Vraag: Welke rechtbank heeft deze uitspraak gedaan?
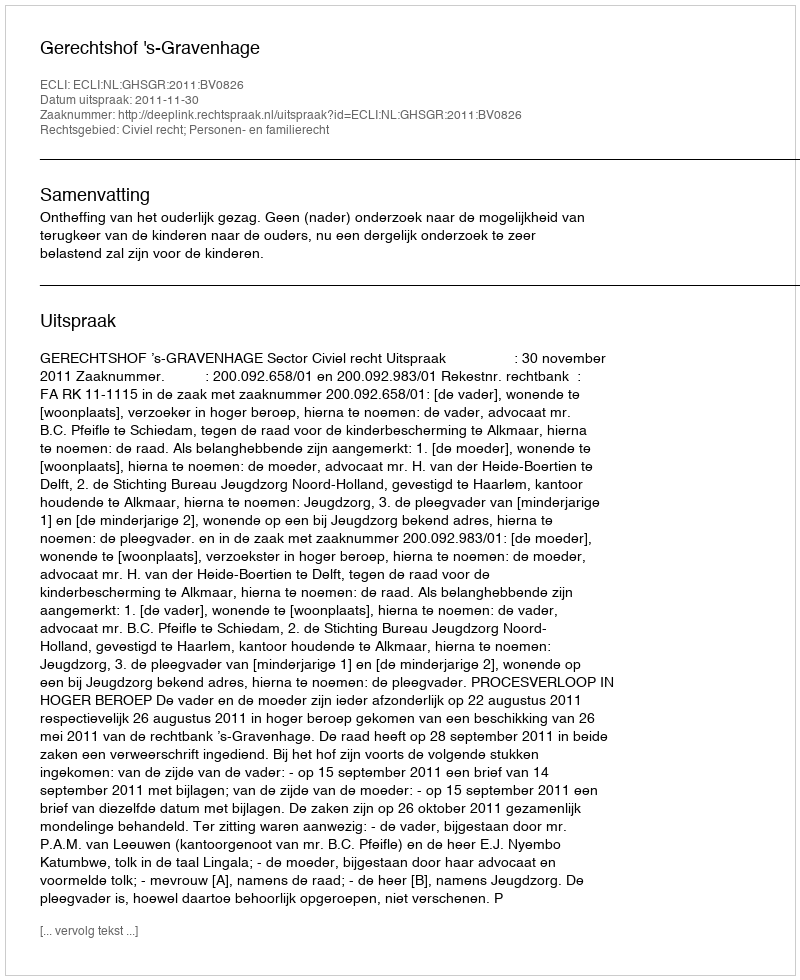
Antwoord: Gerechtshof 's-Gravenhage